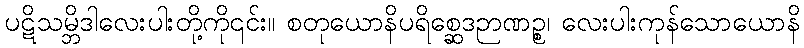
ပဋိသမ္ဘိဒါလေးပါးတို့ကို၎င်း။ စတုယောနိပရိစ္ဆေဒဉာဏဉ္စ၊ လေးပါးကုန်သောယောနိ